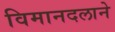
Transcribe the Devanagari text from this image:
विमानदलाने